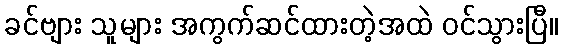
ခင်ဗျား သူများ အကွက်ဆင်ထားတဲ့အထဲ ဝင်သွားပြီ။